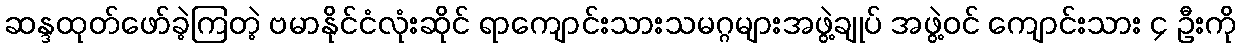
ဆန္ဒထုတ်ဖော်ခဲ့ကြတဲ့ ဗမာနိုင်ငံလုံးဆိုင် ရာကျောင်းသားသမဂ္ဂများအဖွဲ့ချုပ် အဖွဲ့ဝင် ကျောင်းသား ၄ ဦးကို